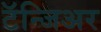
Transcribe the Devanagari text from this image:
टॅन्जिअर